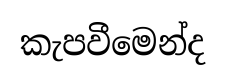
කැපවීමෙන්ද